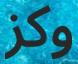
وكز